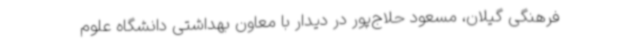
فرهنگی گیلان، مسعود حلاج‌پور در دیدار با معاون بهداشتی دانشگاه علوم